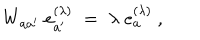
W _ { a a ^ { \prime } } \; e _ { a ^ { \prime } } ^ { ( \lambda ) } \; = \; \lambda \; e _ { a } ^ { ( \lambda ) } \ ,